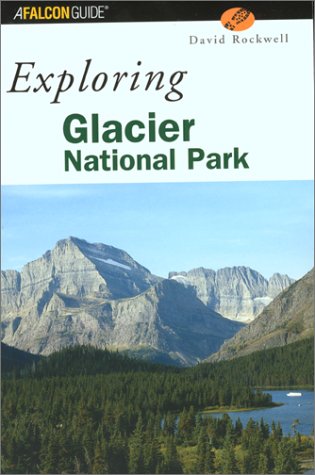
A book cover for Exploring Glacier National Park (Exploring Series); David Rockwell; Travel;